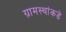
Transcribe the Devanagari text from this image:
ग्रामस्‍थांकडे